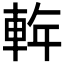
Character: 𲄵